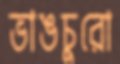
ভাঙচুরো